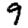
Digit: 9